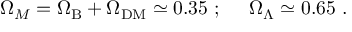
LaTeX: \Omega _ { M } = \Omega _ { \mathrm { B } } + \Omega _ { \mathrm { D M } } \simeq 0 . 3 5 ~ ; ~ ~ ~ ~ \Omega _ { \Lambda } \simeq 0 . 6 5 ~ .